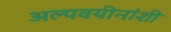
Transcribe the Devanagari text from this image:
अल्पवयीनांशी